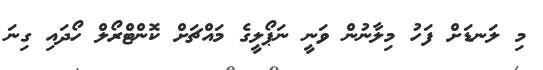
މި ލަނޑަށް ފަހު މިލާނުން ވަނީ ނަޕޯލީގެ މައްޗަށް ކޮންޓްރޯލް ހޯދައި ގިނަ